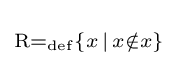
\scriptstyle {\mathrm {R} =_{\mathrm {def} }\{x\,|\,x\notin x\}}